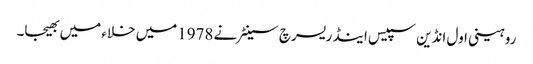
روہینی اول انڈین سپیس اینڈ ریسرچ سینٹر نے 1978میں خلاء میں بھیجا۔